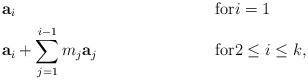
\begin{align*}& \mathbf{a}_i & \mbox{for} & i = 1 \\& \mathbf{a}_i + \sum_{j=1}^{i-1} m_j \mathbf{a}_j & \mbox{for} &2\leq i\leq k,\end{align*}